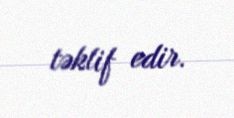
təklif edir.